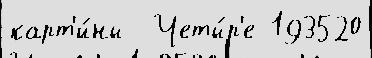
карт'и́ны  Четы́р'е 193520